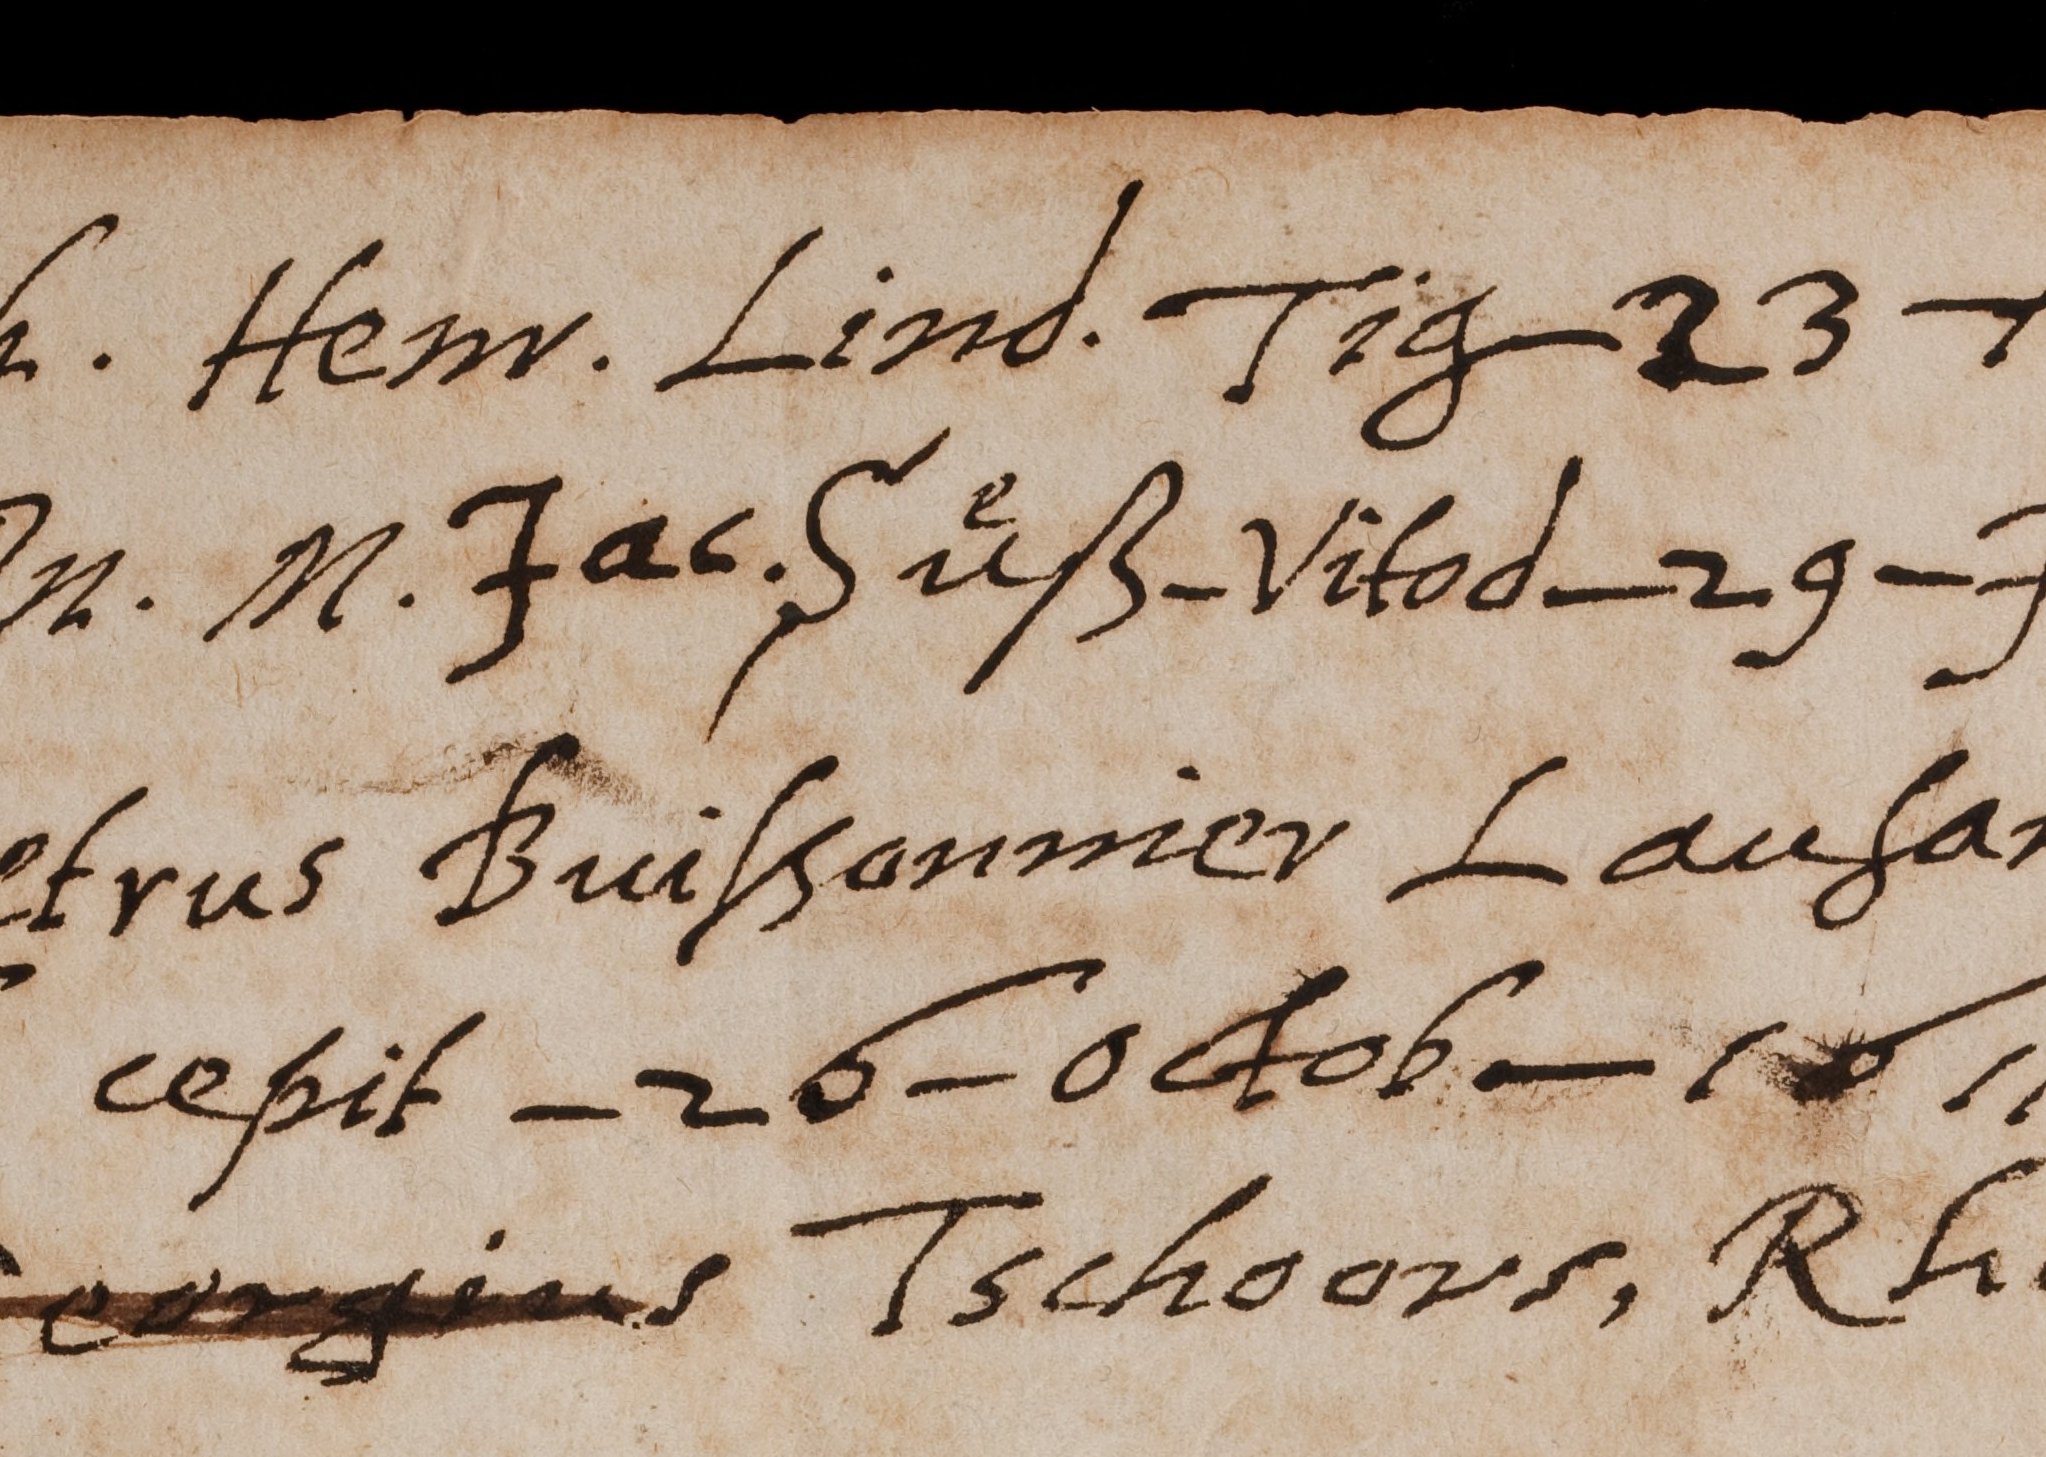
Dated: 1599–1789